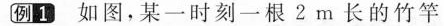
例1如图，某一时刻一根2m长的竹竿